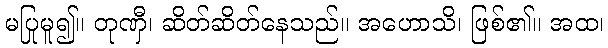
မပြုမူ၍။ တုဏှီ၊ ဆိတ်ဆိတ်နေသည်။ အဟောသိ၊ ဖြစ်၏။ အထ၊